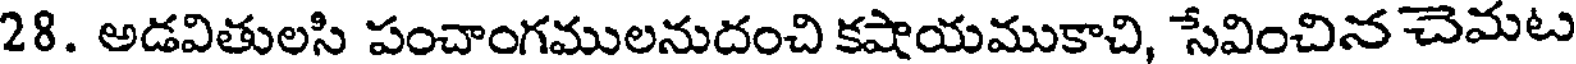
28. అడవితులసి పంచాంగములనుదంచి కషాయముకాచి, సేవించిన చెమటు